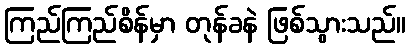
ကြည်ကြည်စိန်မှာ တုန်ခနဲ ဖြစ်သွားသည်။